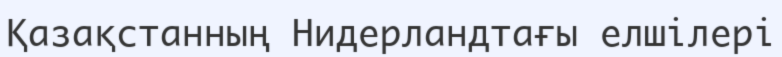
Қазақстанның Нидерландтағы елшілері